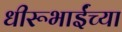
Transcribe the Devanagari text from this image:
धीरूभाईंच्या